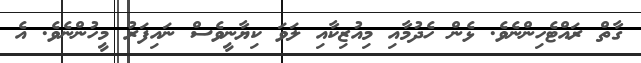
ގާތް ރައްޓެހިންނެވެ. ޅެން ހެދުމާއި މިއުޒިކާއި ލަވަ ކިޔާނީވެސް ނައިފަރު މީހުންނެވެ. އެ